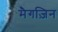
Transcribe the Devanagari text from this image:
मैगज़िन